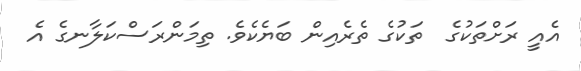
އެއީ ރަށްތަކުގެ  ތަކުގެ ތެރެއިން ބަޔެކެވެ. ތިމަންރަސްކަލާނގެ އެ